Vaccine operations Central Provinces & Berar 1922-1929 - 1922-1929
Year: 1922
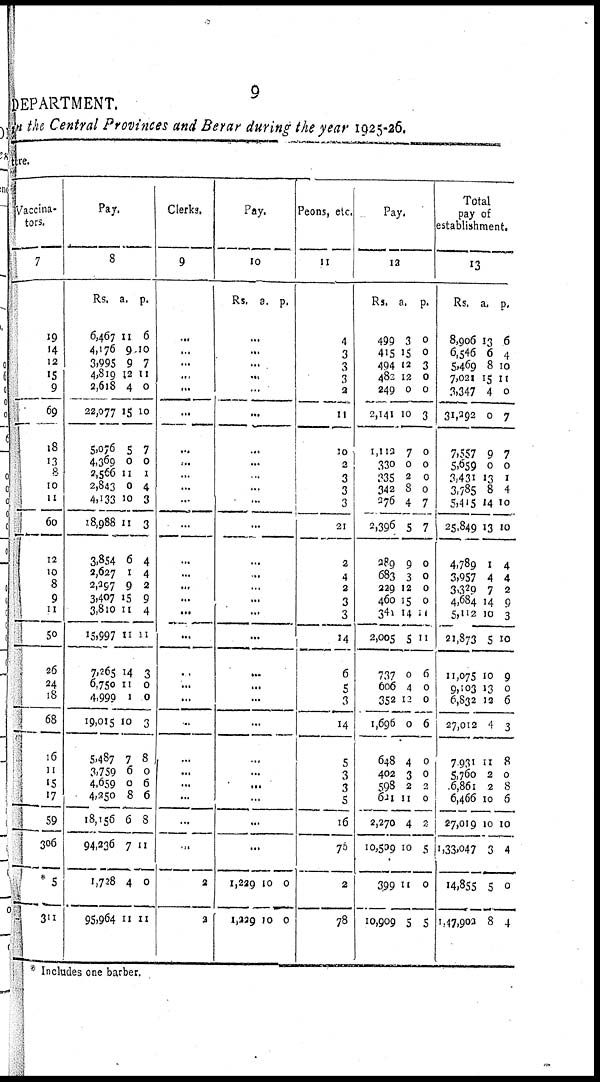
9
DEPARTMENT.
in the Central Provinces and Berar during the year 1925-26.
ture.
Vaccina-
tors.
7
19
14
12
15
9
69
18
13
8
10
11
60
12
10
8
9
11
50
26
24
18
68
16
11
15
17
59
306
*5
311
Pay.
8
Rs.
6,467
4,176
3,995
4,819
2,618
22,077
5,076
4,369
2,566
2,843
4,133
18,988
3,854
2,627
2,297
3,407
3,810
15,997
7,265
6,750
4,999
19,015
5,487
3,759
4,659
4,250
18,156
94,236
1,728
95,964
a.
11
9
9
12
4
15
5
0
11
0
10
11
6
1
9
15
11
11
14
11
1
10
7
6
0
8
6
7
4
11
p.
6
10
7
11
0
10
7
0
1
4
3
3
4
4
2
9
4
11
3
0
0
3
8
0
6
6
8
11
0
11
Clerks.
9
...
...
...
...
...
...
...
...
...
...
...
...
...
...
...
...
...
...
...
...
...
...
...
...
...
...
...
...
2
2
Pay.
10
Rs a. p.
...
...
...
...
...
...
...
...
...
...
...
...
...
...
...
...
...
...
...
...
...
...
...
...
...
...
...
...
1,229
1,229
10
10
0
0
Peons, etc.
11
4
3
3
3
2
11
10
2
3
3
3
21
2
4
2
3
3
14
6
5
3
14
5
3
3
5
16
70
2
78
Pay.
12
Rs.
499
415
494
480
249
2,141
1,112
330
335
342
376
2,396
289
683
229
460
341
2,005
737
606
352
1,696
648
402
598
621
2,270
10,509
399
10,909
a.
3
15
12
12
0
10
7
0
2
8
4
5
9
3
12
15 14
5
0
4
12
0
4
3
2
11
4
10
11
5
p.
0
0
3
0
0
3
0
0
0
0
7
7
0
0
0
0
11
11
6
0
0
6
0
0
2
0
2
5
0
5
Total
pay of
establishment.
13
Rs.
8,906
6,546
5,469
7,021
3,347
31,292
7,557
5,659
3,431
3,785
5,415
25,849
4,789
3,957
3,329
4,684
5,112
21,873
11,075
9,103
6,832
27,012
7,931
5,760
6,861
6,466
27,019
1,33,047
14,855
1,47,903
a.
13
6
8
15
4
0
9
0
13
8
14
13
1
4
7
14
10
5
10
13
13
4
11
2
2
10
10
3
5
8
p.
6
4
10
11
0
7
7
0
1
4
10
10
4
4
2
9
3
10
9
0
6
3
8
0
8
6
10
4
0
4
* Includes one barber.